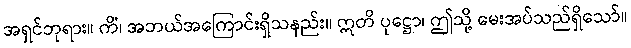
အရှင်ဘုရား။ ကိံ၊ အဘယ်အကြောင်းရှိသနည်း။ ဣတိ ပုဋ္ဌော၊ ဤသို့ မေးအပ်သည်ရှိသော်။